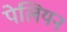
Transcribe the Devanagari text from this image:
पेलियन